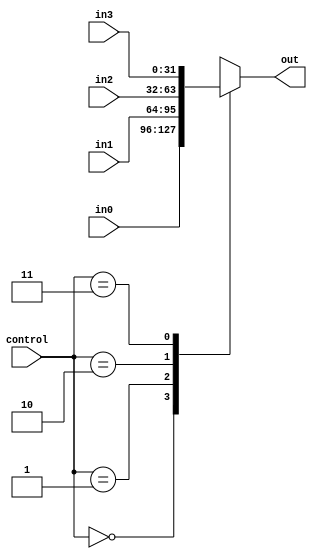
module mux4_1#(parameter W = 32)
(input[1:0] control,
input[W-1:0] in1,in2,in3,in0,
output reg[W-1:0]out);

always@(*)
begin
out <= 32'h00000000;
case(control)
	2'b00: out = in0;
	2'b01: out = in1;
	2'b10: out = in2;
	2'b11: out = in3;
endcase
end
endmodule